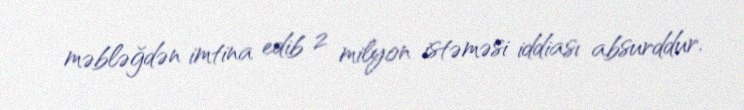
məbləğdən imtina edib 2 milyon istəməsi iddiası absurddur.